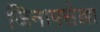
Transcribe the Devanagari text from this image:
जिनापसेल्ला